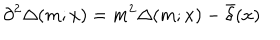
\partial ^ { 2 } \Delta ( m ; x ) = m ^ { 2 } \Delta ( m ; x ) - \bar { \delta } ( x )